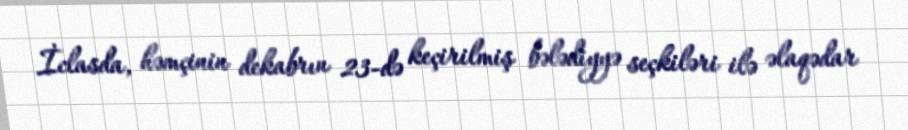
İclasda, həmçinin dekabrın 23-də keçirilmiş bələdiyyə seçkiləri ilə əlaqədar